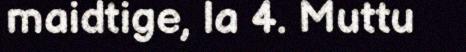
maidtige, la 4. Muttu